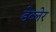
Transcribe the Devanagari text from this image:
डेब्लेर